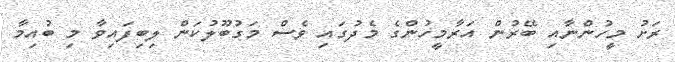
ރަށު މީހުންނާއި ބޭރުން އަރާމީހުންގެ މެދުގައި ވެސް މަގުބޫލުކަން ލިބިފައިވާ މި ބުއިމާ